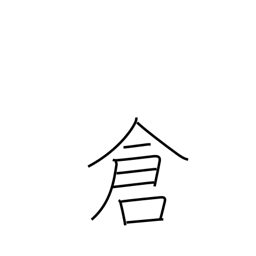
Meaning: treasury